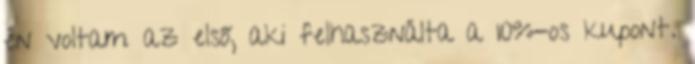
én voltam az első, aki felhasználta a 10%-os kupont.